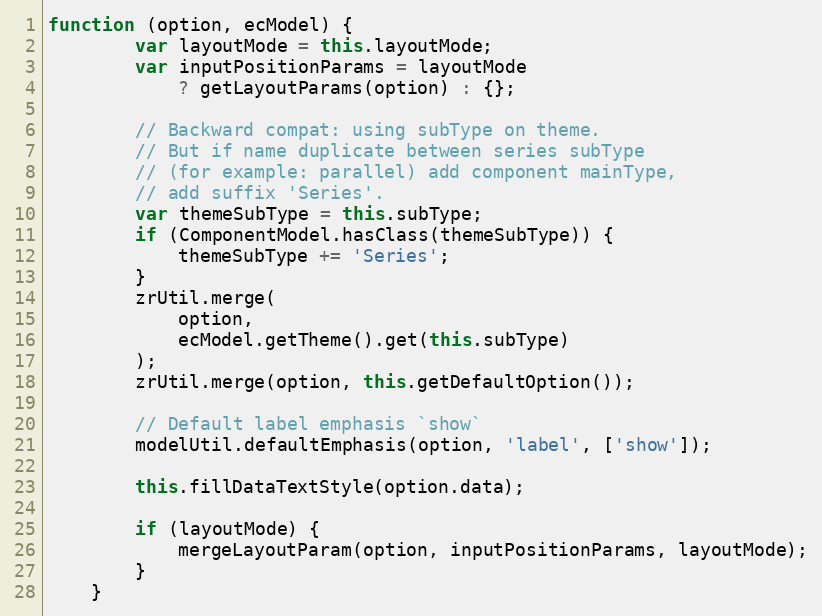
Language: JavaScript
function (option, ecModel) {
        var layoutMode = this.layoutMode;
        var inputPositionParams = layoutMode
            ? getLayoutParams(option) : {};

        // Backward compat: using subType on theme.
        // But if name duplicate between series subType
        // (for example: parallel) add component mainType,
        // add suffix 'Series'.
        var themeSubType = this.subType;
        if (ComponentModel.hasClass(themeSubType)) {
            themeSubType += 'Series';
        }
        zrUtil.merge(
            option,
            ecModel.getTheme().get(this.subType)
        );
        zrUtil.merge(option, this.getDefaultOption());

        // Default label emphasis `show`
        modelUtil.defaultEmphasis(option, 'label', ['show']);

        this.fillDataTextStyle(option.data);

        if (layoutMode) {
            mergeLayoutParam(option, inputPositionParams, layoutMode);
        }
    }